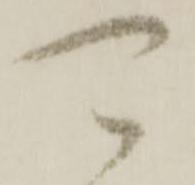
可